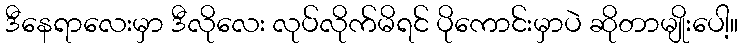
ဒီနေရာလေးမှာ ဒီလိုလေး လုပ်လိုက်မိရင် ပိုကောင်းမှာပဲ ဆိုတာမျိုးပေါ့။